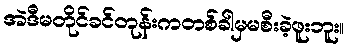
အဲဒီမတိုင်ခင်တုန်းကတစ်ခါမှမစီးခဲ့ဖူးဘူး။